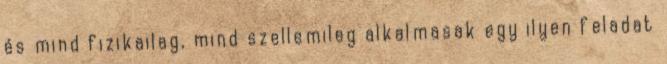
és mind fizikailag, mind szellemileg alkalmasak egy ilyen feladat